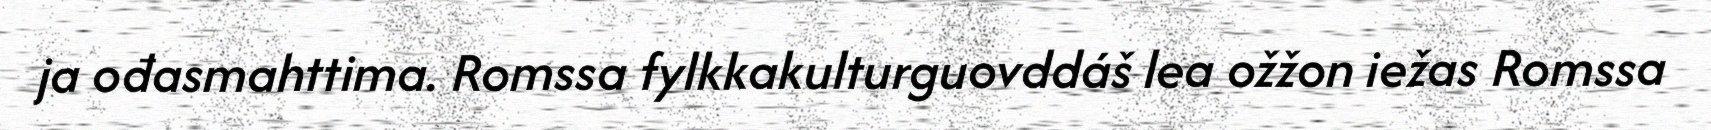
ja ođasmahttima. Romssa fylkkakulturguovddáš lea ožžon iežas Romssa